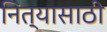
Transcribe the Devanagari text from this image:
नित्यासाठी